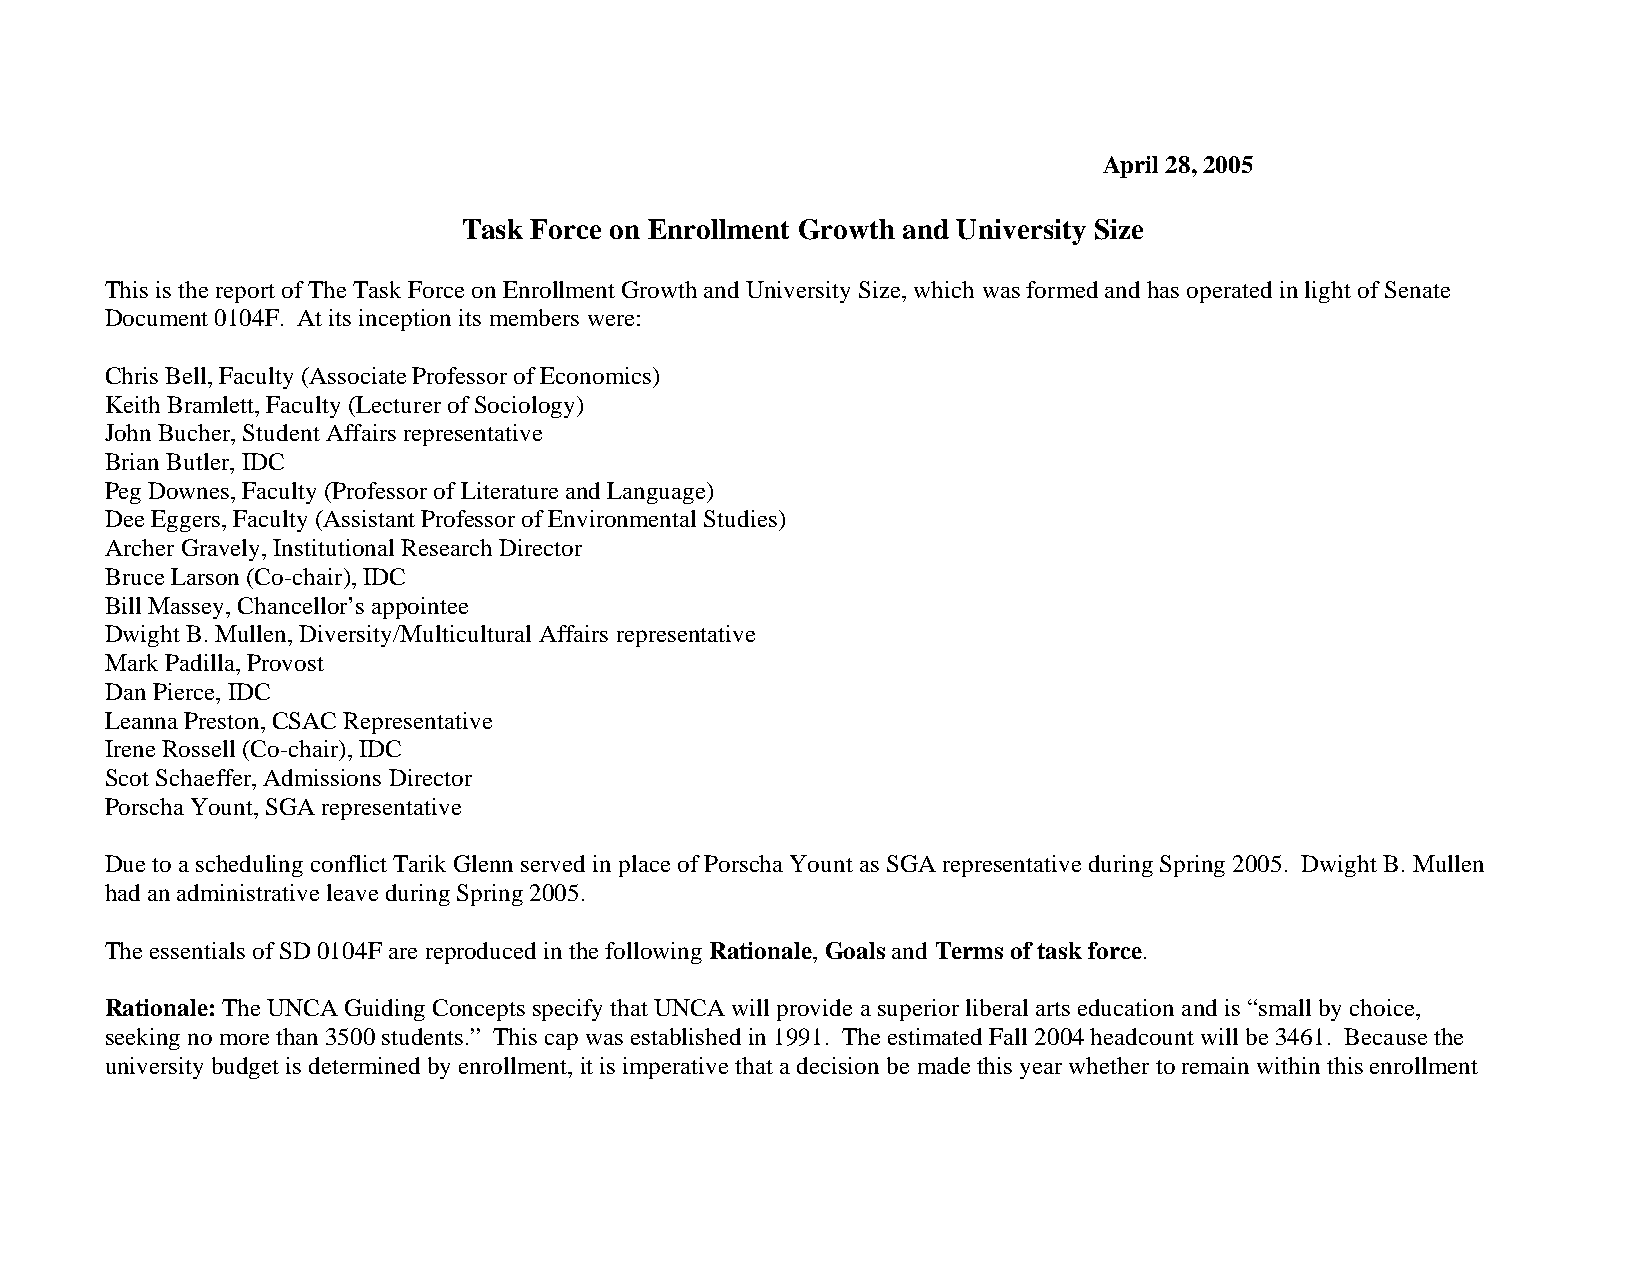
April 28, 2005
 Task Force on Enrollment Growth and University Size
 This is the report of The Task Force on Enrollment Growth and University Size, which was formed and has operated in light of Senate
 Document 0104F. At its inception its members were:
 Chris Bell, Faculty (Associate Professor of Economics)
 Keith Bramlett, Faculty (Lecturer of Sociology)
 John Bucher, Student Affairs representative
 Brian Butler, IDC
 Peg Downes, Faculty (Professor of Literature and Language)
 Dee Eggers, Faculty (Assistant Professor of Environmental Studies)
 Archer Gravely, Institutional Research Director
 Bruce Larson (Co-chair), IDC
 Bill Massey, Chancellor’s appointee
 Dwight B. Mullen, Diversity/Multicultural Affairs representative
 Mark Padilla, Provost
 Dan Pierce, IDC
 Leanna Preston, CSAC Representative
 Irene Rossell (Co-chair), IDC
 Scot Schaeffer, Admissions Director
 Porscha Yount, SGA representative
 Due to a scheduling conflict Tarik Glenn served in place of Porscha Yount as SGA representative during Spring 2005. Dwight B. Mullen
 had an administrative leave during Spring 2005.
 The essentials of SD 0104F are reproduced in the following Rationale, Goals and Terms of task force.
 Rationale: The UNCA Guiding Concepts specify that UNCA will provide a superior liberal arts education and is “small by choice,
 seeking no more than 3500 students.” This cap was established in 1991. The estimated Fall 2004 headcount will be 3461. Because the
 university budget is determined by enrollment, it is imperative that a decision be made this year whether to remain within this enrollment